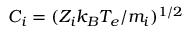
C _ { i } = ( Z _ { i } k _ { B } T _ { e } / m _ { i } ) ^ { 1 / 2 }